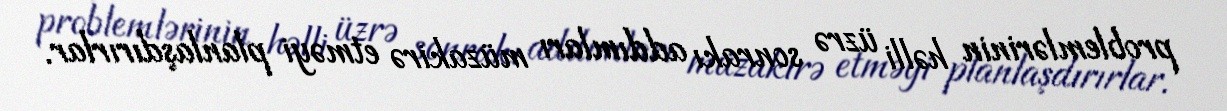
problemlərinin həlli üzrə sonrakı addımları müzakirə etməyi planlaşdırırlar.